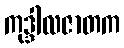
ကုဒ္ဒါလဇာတက